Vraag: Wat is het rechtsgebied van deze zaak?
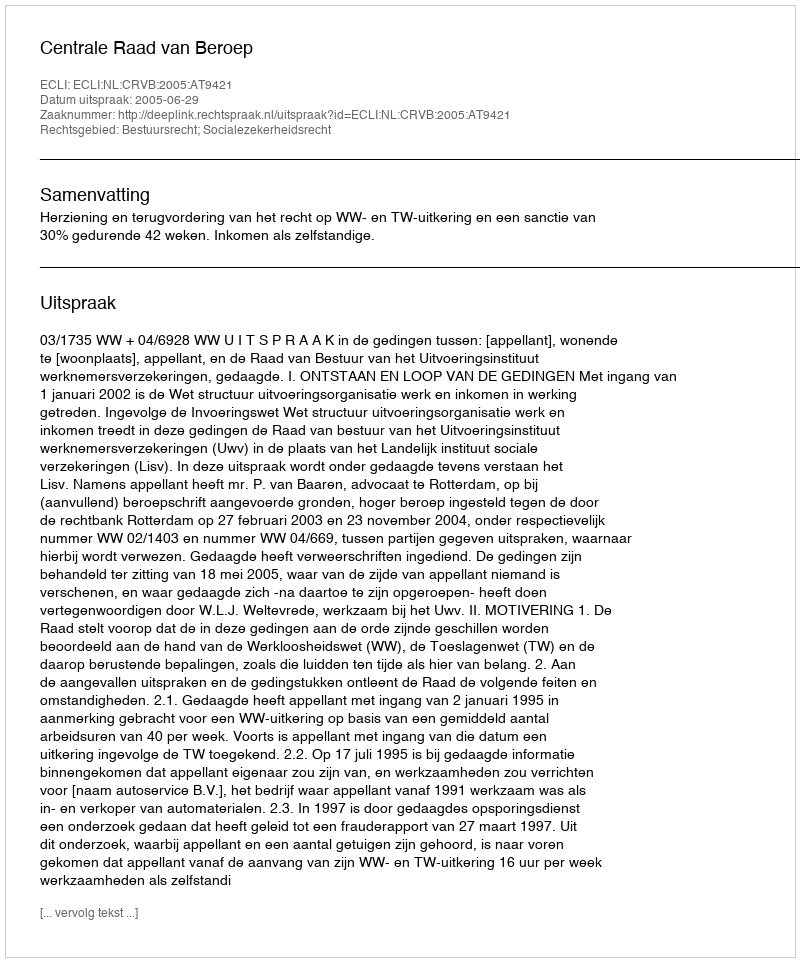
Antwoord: Bestuursrecht; Socialezekerheidsrecht